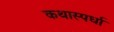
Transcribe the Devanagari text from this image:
कथास्पर्धा